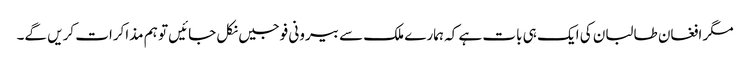
مگر افغان طالبان کی ایک ہی بات ہے کہ ہمارے ملک سے بیرونی فوجیں نکل جائیں تو ہم مذاکرات کریں گے۔